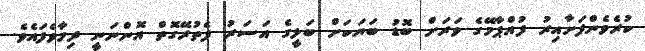
ކުރެވެންފަށާއިރު ފުއްޕާމޭގެ ވަރަށް ބޮޑު ބަޔަކަށް ބަލީގެ އަސަރު ފެތުރޭގޮތް އޮންނަނީ ދިމާވެފައެވެ.